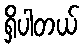
ရှိပါတယ်